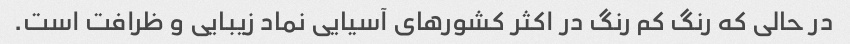
در حالی که رنگ کم رنگ در اکثر کشورهای آسیایی نماد زیبایی و ظرافت است.